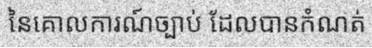
នៃគោលការណ៍ច្បាប់ ដែលបានកំណត់